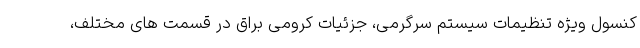
کنسول ویژه تنظیمات سیستم سرگرمی، جزئیات کرومی براق در قسمت های مختلف،